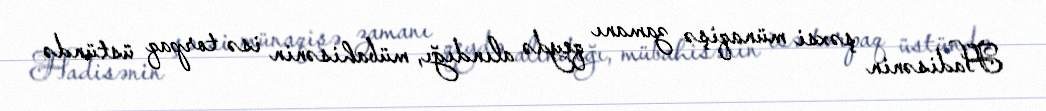
Hadisənin şəxsi münaqişə zamanı qeydə alındığı, mübahisənin isə torpaq üstündə